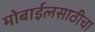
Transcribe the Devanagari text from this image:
मोबाईलसाठीचा